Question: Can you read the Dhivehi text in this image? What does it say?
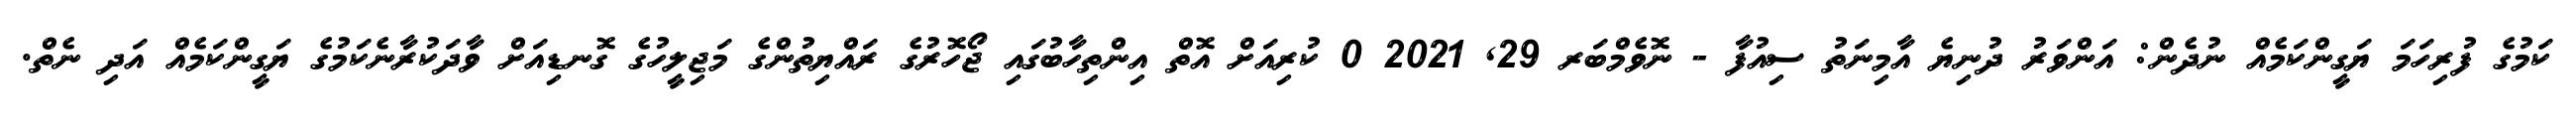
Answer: ކަމުގެ ފުރިހަމަ ޔަގީންކަމެއް ނުދެން: އަންވަރު ދުނިޔެ އާމިނަތު ސިއުފާ - ނޮވެމްބަރ 29, 2021 0 ކުރިއަށް އޮތް އިންތިހާބުގައި ޖޯހޮރުގެ ރައްޔިތުންގެ މަޖިލީހުގެ ގޮނޑިއަށް ވާދަކުރާނެކަމުގެ ޔަގީންކަމެއް އަދި ނެތް.